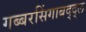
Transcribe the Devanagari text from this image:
गब्बरसिंगाबद्द्ल